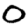
Digit: 0